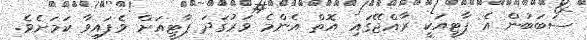
ސަބަބުން އެ ޕާޓީއަކީ ރާއްޖޭގައި އޮތް އެންމެ ވަރުގަދަ ޕާޓީއަށް ވެފައިވާ ކަމަށެވެ.